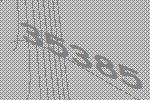
35385